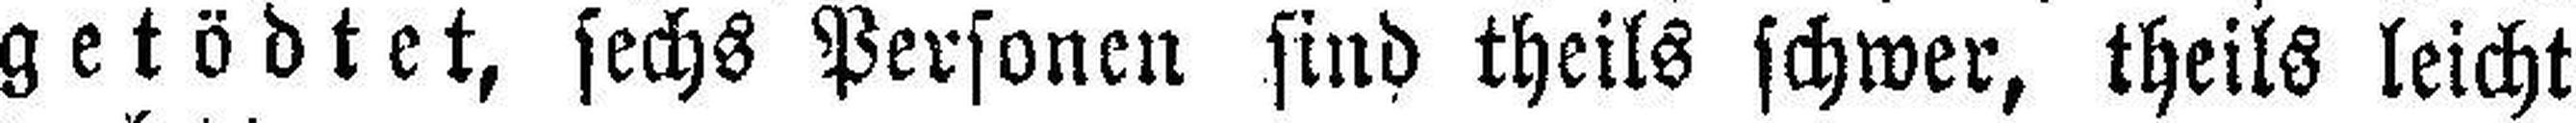
getödtet, sechs Personen sind theils schwer, theils leicht